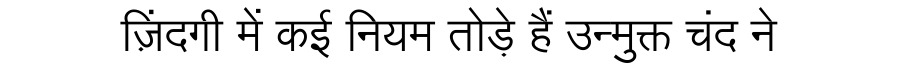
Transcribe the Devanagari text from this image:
ज़िंदगी में कई नियम तोड़े हैं उन्मुक्त चंद ने